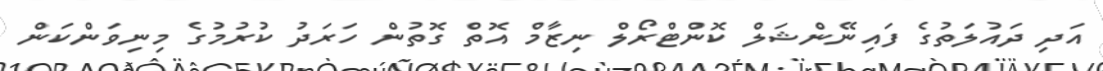
އަދި ދައުލަތުގެ ފައިނޭންޝަލް ކޮންޓްރޯލް ނިޒާމް އޮތް ގޮތުން ހަރަދު ކުރުމުގެ މިނިވަންކަން